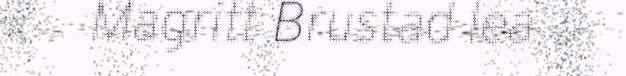
Magritt Brustad lea